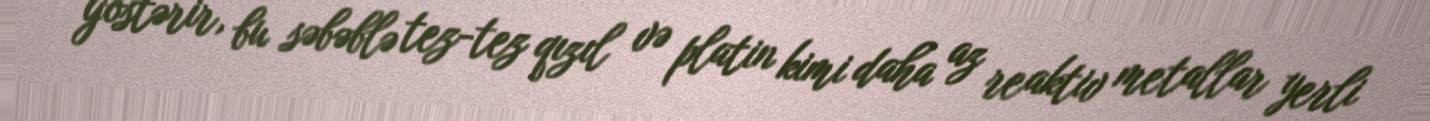
göstərir, bu səbəblə tez-tez qızıl və platin kimi daha az reaktiv metallar yerli